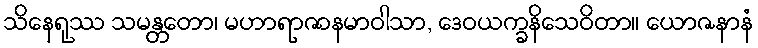
သိနေရုဿ သမန္တတော၊ မဟာရာဇာနမာဝါသာ, ဒေဝယက္ခနိသေဝိတာ။ ယောဇနာနံ